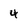
Character: 4